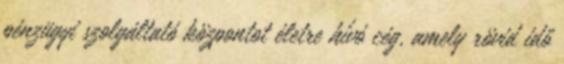
pénzügyi szolgáltató központot életre hívó cég, amely rövid idő